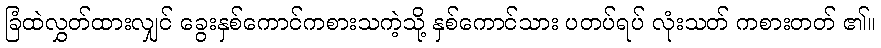
ခြံထဲလွှတ်ထားလျှင် ခွေးနှစ်ကောင်ကစားသကဲ့သို့ နှစ်ကောင်သား ပတပ်ရပ် လုံးသတ် ကစားတတ် ၏။